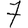
Digit: 7